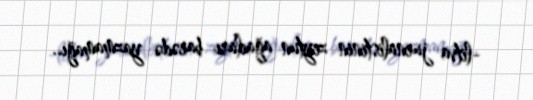
-litva jurnalistinin zeytun ağacları barədə yazmamağı..